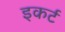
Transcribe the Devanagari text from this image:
इकर्ट